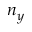
n _ { y }